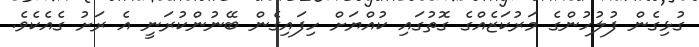
ގުޅިގެން ފުލުހުންގެ މަރުކަޒެއްގެ ގޮތުގައި ކުއްޔަށް ހިފައިގެން ބޭނުންކުރަނީ އެ ރަށު ގެއެކެވެ.